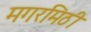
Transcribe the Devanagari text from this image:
मगरमिठी